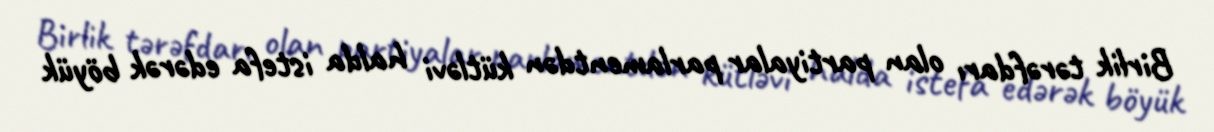
Birlik tərəfdarı olan partiyalar parlamentdən kütləvi halda istefa edərək böyük